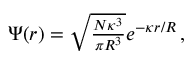
\begin{array} { r } { \Psi ( r ) = \sqrt { \frac { N \kappa ^ { 3 } } { \pi R ^ { 3 } } } e ^ { - \kappa r / R } \, , } \end{array}